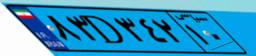
۸۵D۵۱۶۸۱